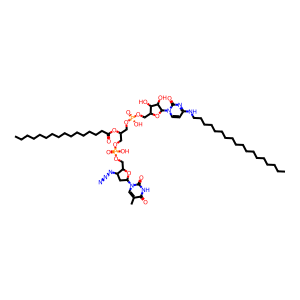
SMILES: CCCCCCCCCCCCCCCCCCNc1ccn(C2OC(COP(=O)(O)OCC(COP(=O)(O)OCC3OC(n4cc(C)c(=O)[nH]c4=O)CC3N=[N+]=[N-])OC(=O)CCCCCCCCCCCCCCC)C(O)C2O)c(=O)n1
Inhibits HIV replication: Yes